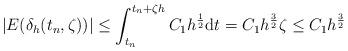
LaTeX: \begin{align*} |E(\delta_h(t_n,\zeta))|\leq \int_{t_n}^{t_n+\zeta h}C_1h^{\frac{1}{2}}{\rm d}t=C_1h^{\frac{3}{2}}\zeta\leq C_1h^{\frac{3}{2}}\end{align*}